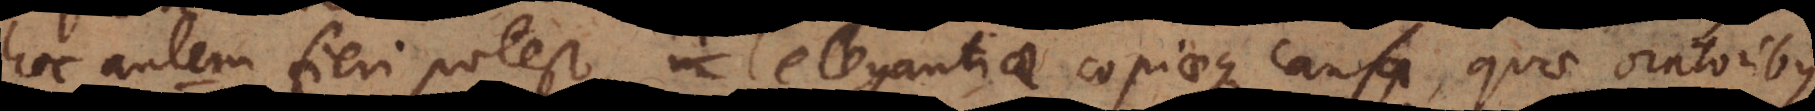
hoc autem fieri potest, elegantiae copiaeque causa, quae oratoribus